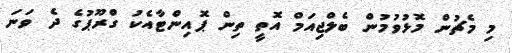
މި މެޗުން މޮޅުވުމުން ބެލްޖިއަމް އޮތީ ތިން ޕޮއިންޓާއެކު ގްރޫޕުގެ ދެ ވަނަ